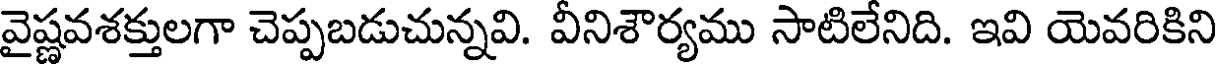
వైష్ణవశక్తులగా చెప్పబడుచున్నవి. వీనిశౌర్యము సాటిలేనిది. ఇవి యెవరికిని